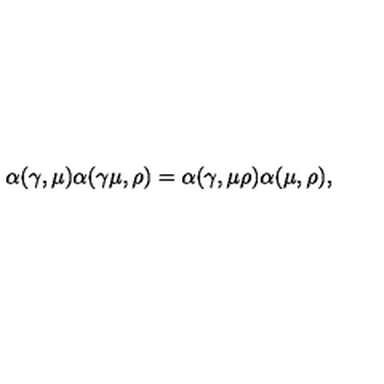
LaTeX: \alpha ( \gamma , \mu ) \alpha ( \gamma \mu , \rho ) = \alpha ( \gamma , \mu \rho ) \alpha ( \mu , \rho ) ,